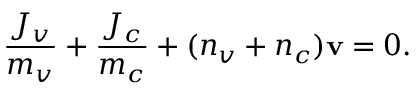
\frac { J _ { v } } { m _ { v } } + \frac { J _ { c } } { m _ { c } } + ( n _ { v } + n _ { c } ) \mathbf { v } = 0 .